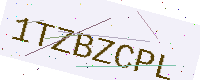
Text: 1TZBZCPL